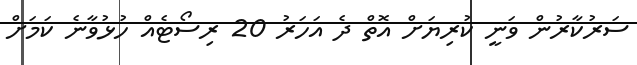
ސަރުކާރުން ވަނީ ކުރިޔަށް އޮތް ދެ އަހަރު 20 ރިސޯޓެއް ހުޅުވާނެ ކަމަށް